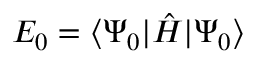
E _ { 0 } = \ensuremath { \langle \Psi _ { 0 } \vert } \hat { H } \ensuremath { \vert \Psi _ { 0 } \rangle }